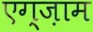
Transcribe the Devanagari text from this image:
एग्ज़ाम